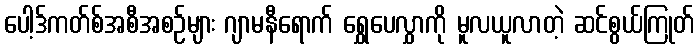
ပေါ့ဒ်ကတ်စ်အစီအစဉ်များ ဂျာမနီရောက် ရွှေပေလွှာကို မူလယူလာတဲ့ ဆင်စွယ်ကြုတ်